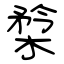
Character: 㮗